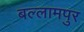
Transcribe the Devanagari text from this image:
बल्लामपुर